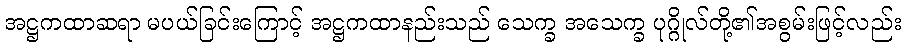
အဋ္ဌကထာဆရာ မပယ်ခြင်းကြောင့် အဋ္ဌကထာနည်းသည် သေက္ခ အသေက္ခ ပုဂ္ဂိုလ်တို့၏အစွမ်းဖြင့်လည်း